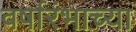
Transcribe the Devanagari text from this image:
वर्षारंभाच्या